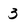
Character: 3